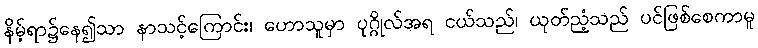
နိမ့်ရာ၌နေ၍သာ နာသင့်ကြောင်း၊ ဟောသူမှာ ပုဂ္ဂိုလ်အရ ငယ်သည်၊ ယုတ်ညံ့သည် ပင်ဖြစ်စေကာမူ